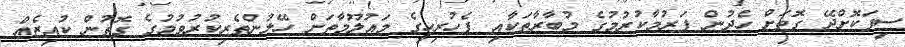
ސިފަކޮށްދޭ ގޮތަށް ހެދުން ފަރުމާކުރުމުގެ މުބާރާތަކާއި ފެހުރިހީގެ މައުލޫމާތަށް ހޭލުންތެރިކުރުވުމުގެ ގޮތުން ކުއިޒެއް